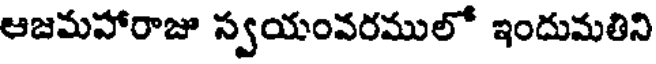
ఆజమహారాజు స్వయంవరములో ఇందుమతిని